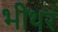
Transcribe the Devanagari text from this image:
भीथर